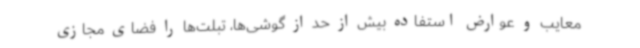
معایب و عوارض استفاده بیش از حد از گوشی‌ها، تبلت‌ها را فضای مجازی